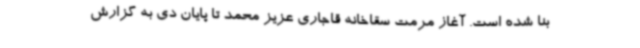
بنا شده است. آغاز مرمت سقاخانه قاجاری عزیز محمد تا پایان دی به گزارش